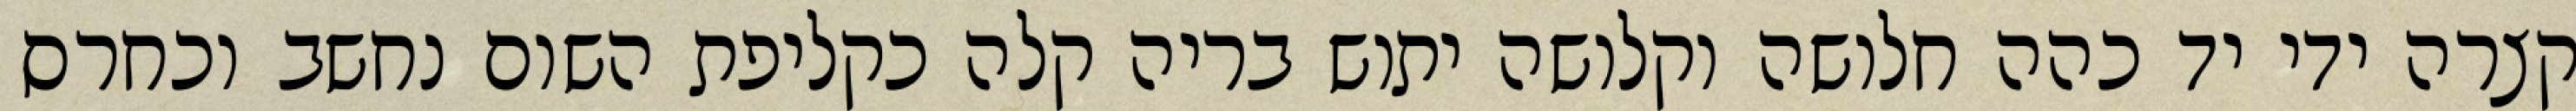
קצרה ידי יד כהה חלושה וקלושה יתוש בריה קלה כקליפת השום נחשב וכחרס